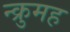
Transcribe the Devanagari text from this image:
न्क्रुमह